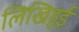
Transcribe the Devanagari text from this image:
लिखिहुई